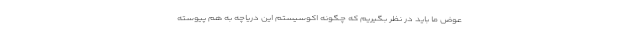
عوض ما باید در نظر بگیریم که چگونه اکوسیستم این دریاچه به هم پیوسته